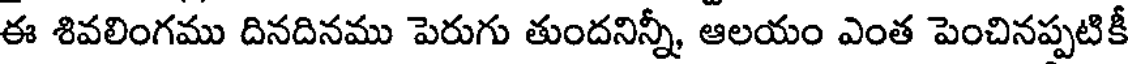
ఈ శివలింగము దినదినము పెరుగు తుందనిన్నీ, ఆలయం ఎంత పెంచినప్పటికీ